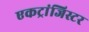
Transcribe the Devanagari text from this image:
एकट्रांजिस्टर